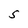
Character: S